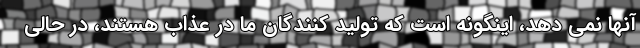
آنها نمی دهد، اینگونه است که تولید کنندگان ما در عذاب هستند، در حالی